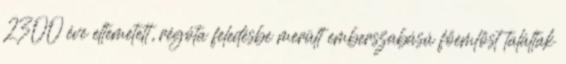
2300 éve eltemetett, régóta feledésbe merült emberszabású főemlőst találtak